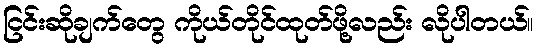
ငြင်းဆိုချက်တွေ ကိုယ်တိုင်ထုတ်ဖို့လည်း လိုပါတယ်။